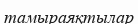
тамыраяқтылар